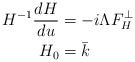
\begin{align*}H^{-1} \frac{dH}{du} &= -i \Lambda F_H^\perp\\ H_0 &= \bar{k}\end{align*}